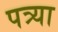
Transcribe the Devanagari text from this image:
पत्र्या